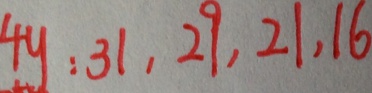
4 y : 3 1 , 2 9 , 2 1 , 1 6